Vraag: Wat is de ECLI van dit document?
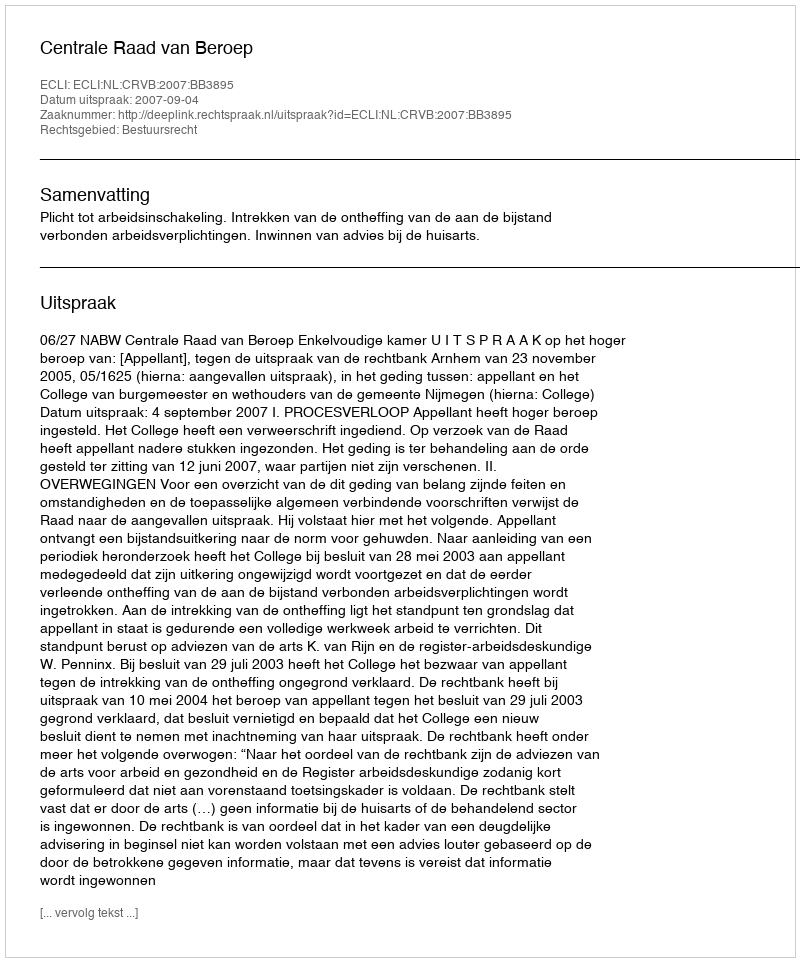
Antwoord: ECLI:NL:CRVB:2007:BB3895